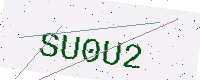
Text: SU0U2